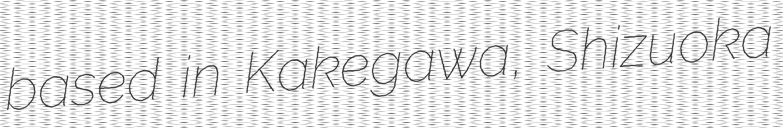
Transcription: based in Kakegawa, Shizuoka